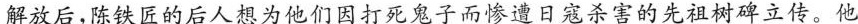
解放后,陈铁匠的后人想为他们因打死鬼子而惨遭日寇杀害的先祖树碑立传。他